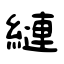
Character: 縺